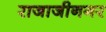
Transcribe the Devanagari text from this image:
राजाजीनगर